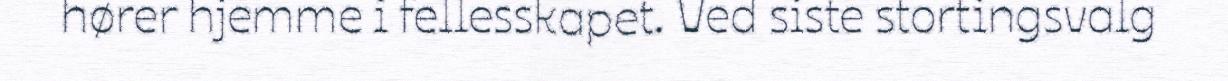
hører hjemme i fellesskapet. Ved siste stortingsvalg